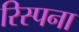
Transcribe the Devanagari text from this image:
रिस्पना